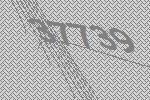
37739